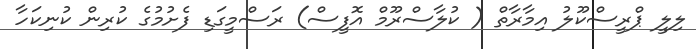
ލިލީ ޕްރީސްކޫލު އިމާރާތް ( ކުލާސްރޫމް އޮފީސް) ރަސްމީގަޑި ފެށުމުގެ ކުރިން ކުނިކަހާ